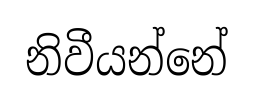
නිවීයන්නේ